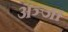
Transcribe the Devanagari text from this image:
अञ्जा